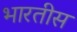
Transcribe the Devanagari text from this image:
भारतीस